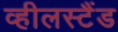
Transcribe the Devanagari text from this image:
व्हीलस्टैंड